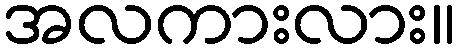
အလကားလား။